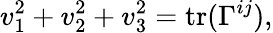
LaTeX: v_{1}^{2}+v_{2}^{2}+v_{3}^{2}=\mathrm{tr}(\Gamma^{ij}),